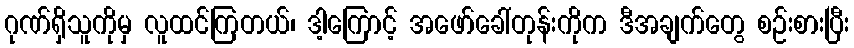
ဂုဏ်ရှိသူကိုမှ လူထင်ကြတယ်၊ ဒါ့ကြောင့် အဖော်ခေါ်တုန်းကိုက ဒီအချက်တွေ စဉ်းစားပြီး